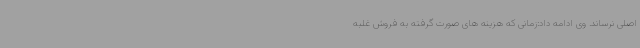
اصلی نرساند. وی ادامه داد:زمانی که هزینه های صورت گرفته به فروش غلبه